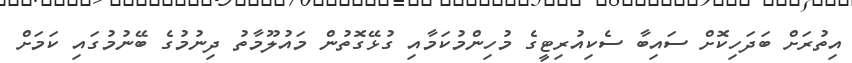
އިތުރަށް ބަދަހިކޮށް ސައިބާ ސެކިއުރިޓީގެ މުހިންމުކަމާއި ގުޅޭގޮތުން މައުލޫމާތު ދިނުމުގެ ބޭނުމުގައި ކަމަށް